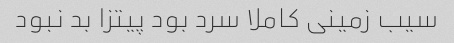
سیب زمینی کاملا سرد بود پیتزا بد نبود